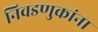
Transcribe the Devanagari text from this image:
निवडणुकांना